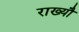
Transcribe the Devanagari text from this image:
राख्यौ